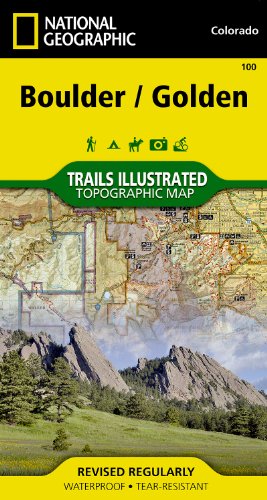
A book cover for Boulder, Golden (National Geographic Trails Illustrated Map); National Geographic Maps - Trails Illustrated; Travel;